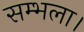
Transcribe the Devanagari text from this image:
सम्भला।